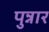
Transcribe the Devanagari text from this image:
पुन्नार